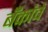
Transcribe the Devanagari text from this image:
बॅंकांचे